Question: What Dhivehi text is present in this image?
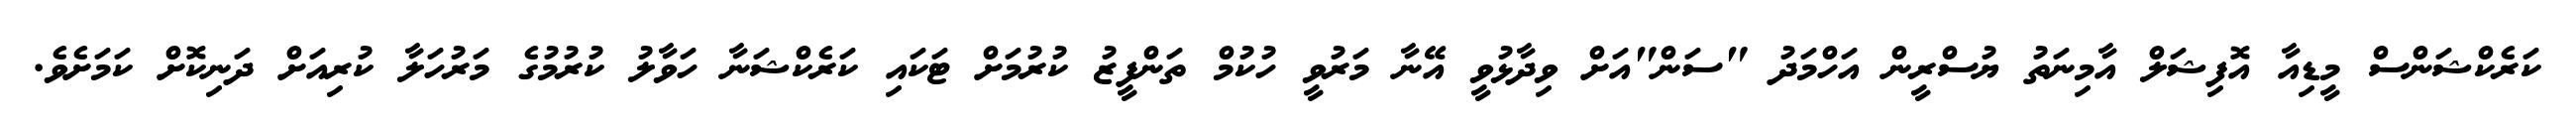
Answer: ކަރެކްޝަންސް މީޑިއާ އޮފިޝަލް އާމިނަތު ޔުސްރީން އަހްމަދު "ސަން"އަށް ވިދާޅުވީ އޭނާ މަރުވީ ހުކުމް ތަންފީޒު ކުރުމަށް ޓަކައި ކަރެކްޝަނާ ހަވާލު ކުރުމުގެ މަރުހަލާ ކުރިއަށް ދަނިކޮށް ކަމަށެވެ.